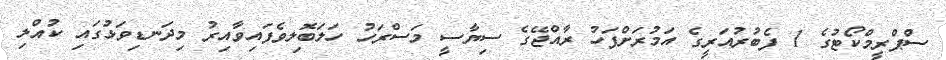
ސުްޕްރީމްކޯޓުގެ 1 ފެބުރުއަރީގެ އަމުރަށްފަހު ރާއްޖޭގެ ސިޔާސީ މަސްރަހު ހަލަބޮލިވެފައިވާއިރު މިދަނޑިވަޅުގައި ކުއްލި